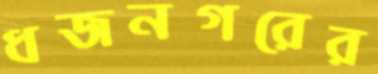
ধজনগরের